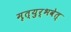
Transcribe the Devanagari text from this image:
मृत्युर्भवेत्